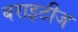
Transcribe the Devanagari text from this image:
बराइटीज